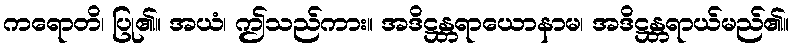
ကရောတိ၊ ပြု၏။ အယံ၊ ဤသည်ကား။ အဒိဋ္ဌန္တရာယောနာမ၊ အဒိဋ္ဌန္တရာယ်မည်၏။